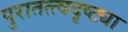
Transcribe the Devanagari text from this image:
पुरातत्त्वदृष्ट्या